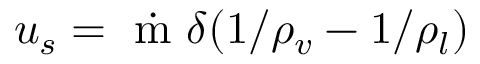
u _ { s } = \dot { \mathrm { ~ m ~ } } \delta ( 1 / \rho _ { v } - 1 / \rho _ { l } )